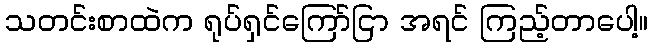
သတင်းစာထဲက ရုပ်ရှင်ကြော်ငြာ အရင် ကြည့်တာပေါ့။